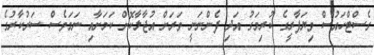
ގެސްޓްހައުސް ވިޔަފާރީގެ ކުރިމަގު އަދި ފެންނަނީ ވަރަށް އުޖާލާކޮށް ކަމަށާއި ނަމަވެސް ސަރުކާރުގެ